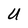
Character: U